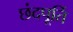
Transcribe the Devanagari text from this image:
छंदपूर्ति